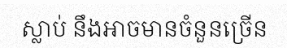
ស្លាប់ នឹងអាចមានចំនួនច្រើន